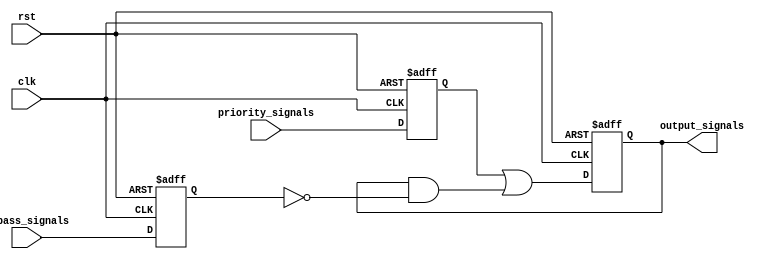
module priority_bypass_register (
    input clk,
    input rst,
    input [7:0] priority_signals,
    input [7:0] bypass_signals,
    output reg [7:0] output_signals
);

reg [7:0] priority_signals_reg;
reg [7:0] bypass_signals_reg;

always @(posedge clk or posedge rst) begin
    if (rst) begin
        priority_signals_reg <= 8'b0;
        bypass_signals_reg <= 8'b0;
        output_signals <= 8'b0;
    end else begin
        priority_signals_reg <= priority_signals;
        bypass_signals_reg <= bypass_signals;
        
        output_signals <= priority_signals_reg | (output_signals & ~bypass_signals_reg);
    end
end

endmodule